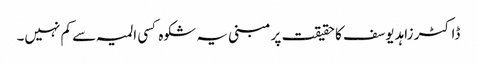
ڈاکٹر زاہد یوسف کا حقیقت پر مبنی یہ شکوہ کسی المیہ سے کم نہیں۔